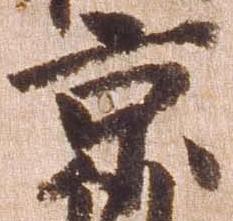
京